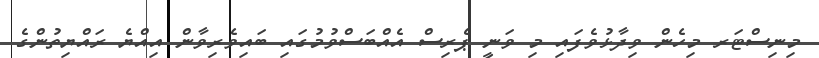
މިނިސްޓަރ މިހެން ވިދާޅުވެފައި މި ވަނީ ޕެރިސް އެއްބަސްވުމުގައި ބައިވެރިވާން އިއްޔެ ރައްޔިތުންގެ